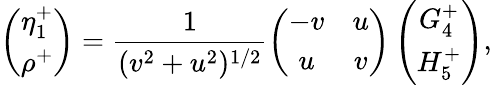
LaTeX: \left(\begin{array}{c}{{\eta_{1}^{+}}}\\ {{\rho^{+}}}\end{array}\right)=\frac{1}{(v^{2}+u^{2})^{1/2}}\left(\begin{array}{cc}{{-v}}&{{u}}\\ {{u}}&{{v}}\end{array}\right)\left(\begin{array}{c}{{G_{4}^{+}}}\\ {{H_{5}^{+}}}\end{array}\right),